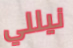
نيللي